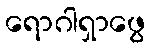
ရောဂါရှာဖွေ